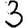
Digit: 3